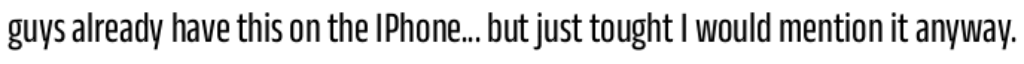
guys already have this on the IPhone... but just tought I would mention it anyway.